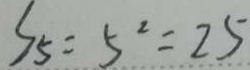
S _ { 5 } = 5 ^ { 2 } = 2 5